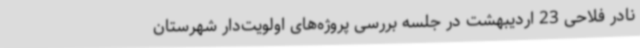
نادر فلاحی 23 اردیبهشت‌ در جلسه بررسی پروژه‌های اولویت‌دار شهرستان